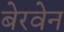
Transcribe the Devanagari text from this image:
बेरवेन